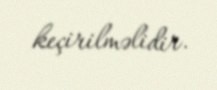
keçirilməlidir.